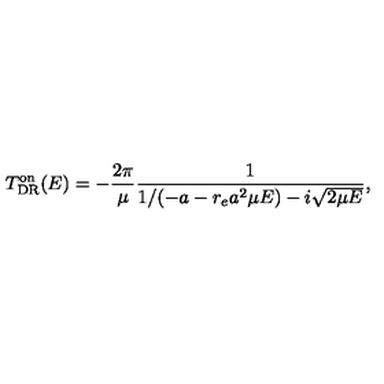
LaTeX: T _ { \mathrm { D R } } ^ { \mathrm { o n } } ( E ) = - \frac { 2 \pi } { \mu } \frac { 1 } { 1 / ( - a - r _ { e } a ^ { 2 } \mu E ) - i \sqrt { 2 \mu E } } ,